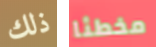
ذلك مخطئا